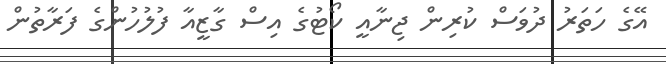
އޭގެ ހަތަރު ދުވަސް ކުރިން ޖިނާއީ ކޯޓުގެ އިސް ގާޒީއާ ފުލުހުންގެ ފަރާތުން